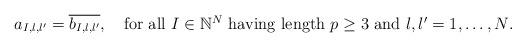
LaTeX: \begin{align*}a_{I,l,l'}=\overline{b_{I,l,l'}},\quad\mbox{for all $I\in\mathbb{N}^{N}$ having length $p\geq 3$ and $l,l'=1,\dots,N$.}\end{align*}